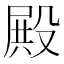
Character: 殿